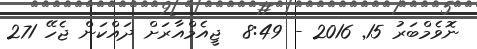
ނޮވެމްބަރު 15